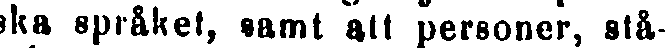
ska språket, samt alt personer, stå-